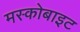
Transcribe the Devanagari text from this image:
मस्कोबाइट